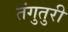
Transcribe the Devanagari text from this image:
तंगुतुरी